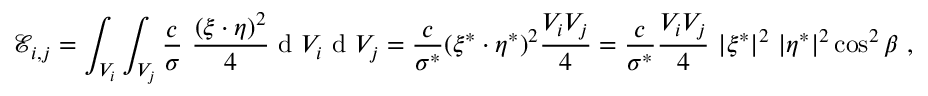
\mathcal { E } _ { i , j } = \int _ { V _ { i } } \int _ { V _ { j } } \frac { c } { \sigma } \ \frac { ( \boldsymbol { \xi } \cdot \boldsymbol { \eta } ) ^ { 2 } } { 4 } \textup { d } V _ { i } \textup { d } V _ { j } = \frac { c } { \sigma ^ { * } } ( \boldsymbol { \xi } ^ { * } \cdot \boldsymbol { \eta } ^ { * } ) ^ { 2 } \frac { V _ { i } V _ { j } } { 4 } = \frac { c } { \sigma ^ { * } } \frac { V _ { i } V _ { j } } { 4 } \ | \boldsymbol { \xi } ^ { * } | ^ { 2 } \ | \boldsymbol { \eta } ^ { * } | ^ { 2 } \cos ^ { 2 } \beta \ ,